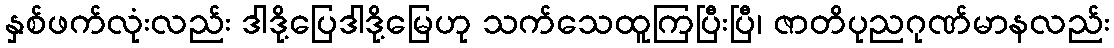
နှစ်ဖက်လုံးလည်း ဒါဒို့ပြေဒါဒို့မြေဟု သက်သေထူကြပြီးပြီ၊ ဇာတိပုညဂုဏ်မာနလည်း